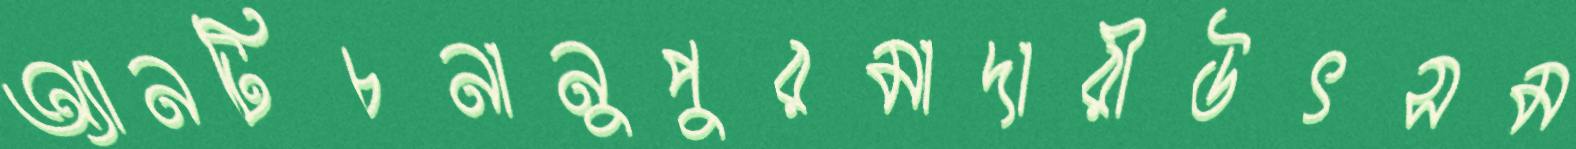
অ্যানটিচনানুপুরমাদারীউৎসম